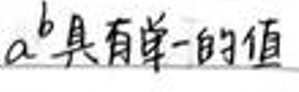
$a^{b}$具有单一的值